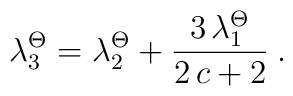
\lambda_3^\Theta = \lambda_2^\Theta + \frac{3 \, \lambda_1^\Theta}{2\,c+2} \:.